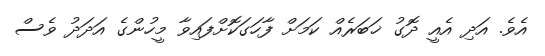
އެވެ. އަދި އެއީ ދޮގު ޚަބަރެއް ކަމަށް ފާހަގަކޮށްފައިވާ މީހުންގެ އަދަދު ވެސް